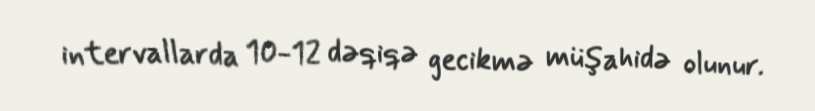
intervallarda 10-12 dəqiqə gecikmə müşahidə olunur.